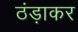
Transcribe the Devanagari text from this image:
ठंड़ाकर